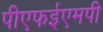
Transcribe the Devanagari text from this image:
पीएफईएमपी